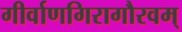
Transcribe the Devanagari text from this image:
गीर्वाणगिरागौरवम्